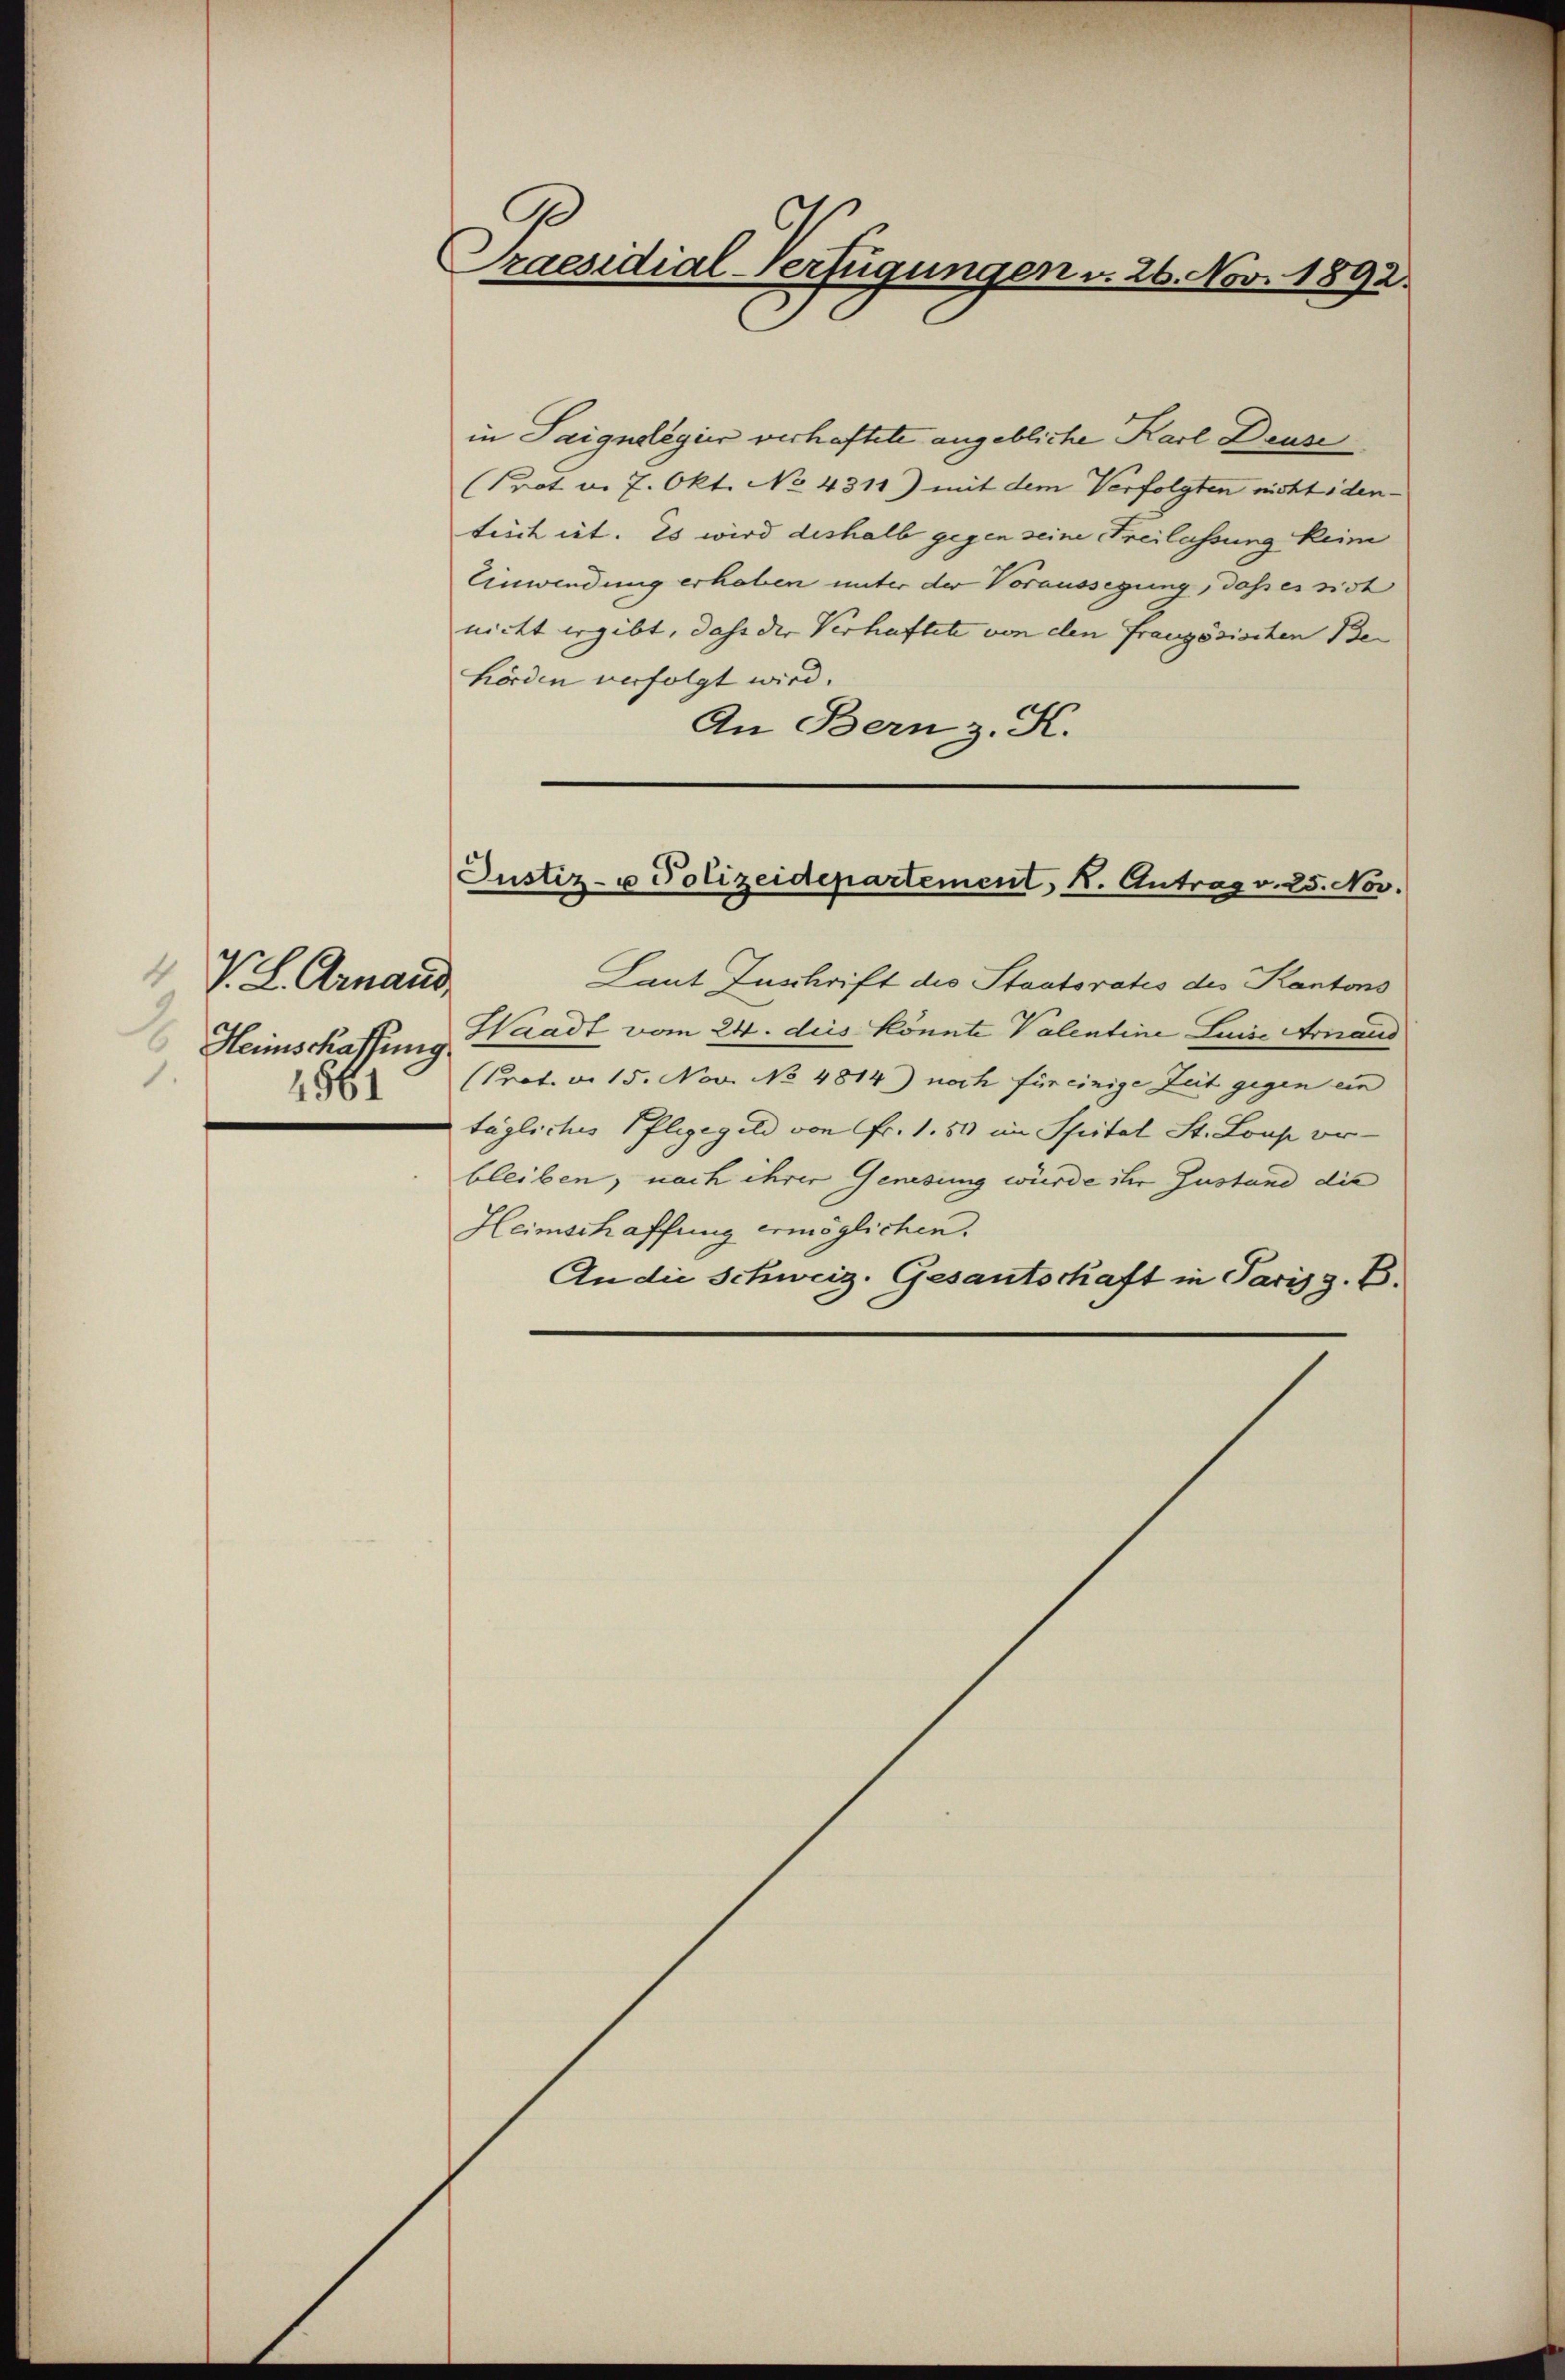
V. L. Arnaud,
Heimschaffung.
1561

Justiz- u Polizeidepartement, K. Antrag v. 25. Nov.

.
Praesidial-Verfügungen v. 26. Nov. 1892.

in Saignolegier verhaftete angebliche Karl Deuse
Prot u. 7. Okt. No 4311) mit dem Verfolgten nicht iden-
teich ist. Es wird deshalb gegen seine Freilassung keine
Einwendung erheben unter der Voraussegung, daß es sist
nicht ergibt, daß der Verhaftete von den französischen Be-
hörden verfolgt wird.
An Bern z. K.
Laut Inschrift des Staatovatis des Kantons
Waadt vom 24. dies könnte Valentine Luise Arnaud
(Prot. v. 15. Nov. No 4814) noch für einige Zeit gegen ein
tägliches Pflegegeld von Fr. 1.50 im Spital St. Loup orbleiben, nach ihrer Genesung würde ihr Zustand die
Heimschaffung ermöglichen.
An die Schweiz. Gesantschaft in Paris z. B.